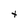
Character: t